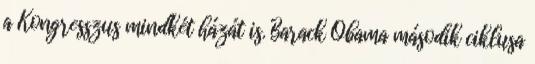
a Kongresszus mindkét házát is. Barack Obama második ciklusa